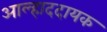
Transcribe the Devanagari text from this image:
अाल्हाददायक